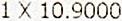
1 X 10.9000